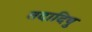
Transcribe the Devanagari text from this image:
तदादिषु